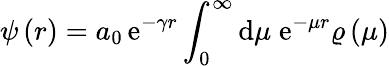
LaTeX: \psi\left(r\right)=a_{0}\, \mathrm{e}^{-\gamma r}\int_{0}^{\infty}\mathrm{d}\mu\; \mathrm{e}^{-\mu r}\varrho\left(\mu\right)